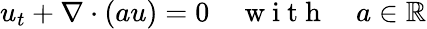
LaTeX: u_{t}+\nabla\cdot(au)=0\quad\mathrm{~w~i~t~h~}\quad a\in\mathbb{R}